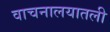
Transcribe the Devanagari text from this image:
वाचनालयातली